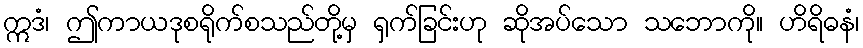
ဣဒံ၊ ဤကာယဒုစရိုက်စသည်တို့မှ ရှက်ခြင်းဟု ဆိုအပ်သော သဘောကို။ ဟိရိဓနံ၊